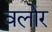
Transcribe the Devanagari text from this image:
वलोर